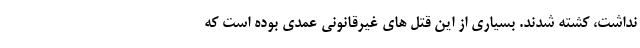
نداشت، کشته شدند. بسیاری از این قتل های غیرقانونی عمدی بوده است که